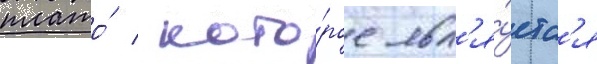
плато́ / кото́рое явл'я́етс'я